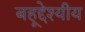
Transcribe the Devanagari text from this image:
बहूद्देश्यीय